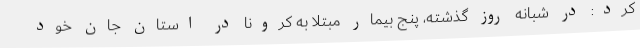
کرد: در شبانه روز گذشته، پنج بیمار مبتلا به کرونا در استان جان خود